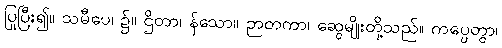
ပြုပြီး၍။ သမီပေ၊ ၌။ ဌိတာ၊ န်သော။ ဉာတကာ၊ ဆွေမျိုးတို့သည်။ ကပ္ပေတွာ၊